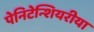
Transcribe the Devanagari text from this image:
पेनिटेन्शियरीया